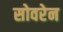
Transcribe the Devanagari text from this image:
सोवरेन